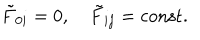
\tilde { F } _ { 0 i } = 0 , \quad \tilde { F } _ { i j } = \mathrm { c o n s t . }